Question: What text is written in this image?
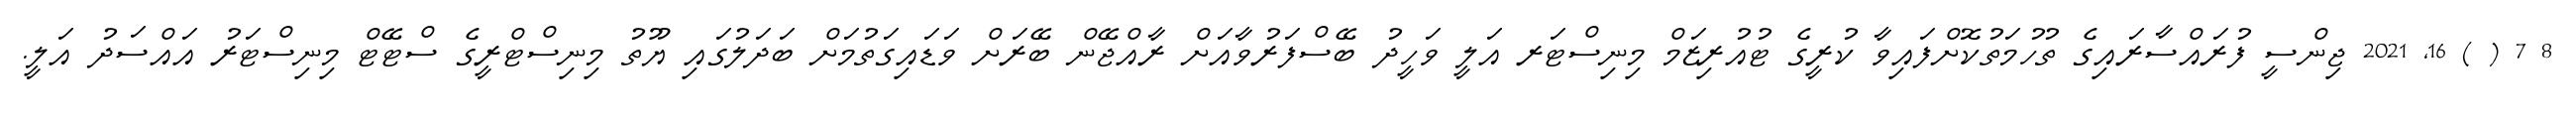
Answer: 8 7 ( ) 16, 2021 ޖިންސީ ފުރައްސާރައިގެ ތުހުމަތުކޮށްފައިވާ ކުރީގެ ޓުއުރިޒަމް މިނިސްޓަރ އަލީ ވަހީދު ބޭސްފަރުވާއަށް ރާއްޖޭން ބޭރަށް ވަޑައިގަތުމަށް ބަދަލުގައި ޔޫތު މިނިސްޓްރީގެ ސްޓޭޓް މިނިސްޓަރު އައްސަދު އަލީ.